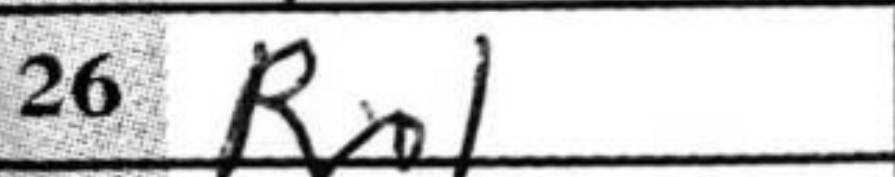
Transcription: Rc1